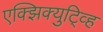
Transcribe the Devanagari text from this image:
एक्झिक्युटि्व्ह